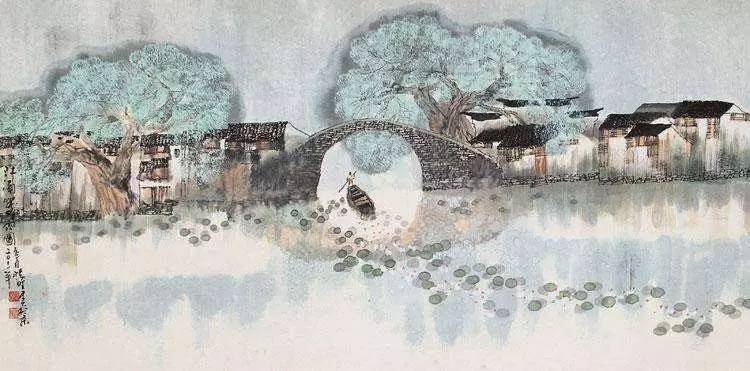
殷勤昨夜三更雨，又得浮生一日凉。